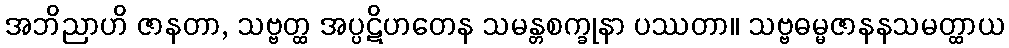
အဘိညာဟိ ဇာနတာ, သဗ္ဗတ္ထ အပ္ပဋိဟတေန သမန္တစက္ခုနာ ပဿတာ။ သဗ္ဗဓမ္မဇာနနသမတ္ထာယ